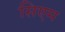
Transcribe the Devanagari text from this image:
सिएम